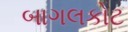
બાગલકોટ